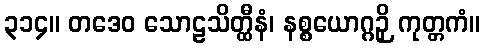
၃၁၄။ တဒေဝ သောဠသိတ္ထီနံ၊ နစ္စယောဂ္ဂဉှိ ကုတ္တကံ။